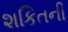
શકિતની